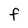
Character: F